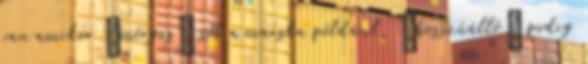
van amikor „mérges” sőt a macska például, „bosszúálló” pedig